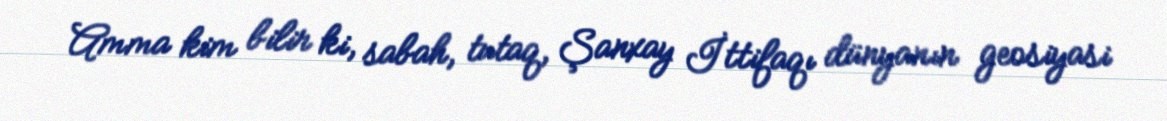
Amma kim bilir ki, sabah, tutaq, Şanxay İttifaqı dünyanın geosiyasi